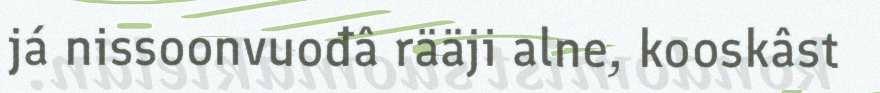
já nissoonvuođâ rääji alne, kooskâst